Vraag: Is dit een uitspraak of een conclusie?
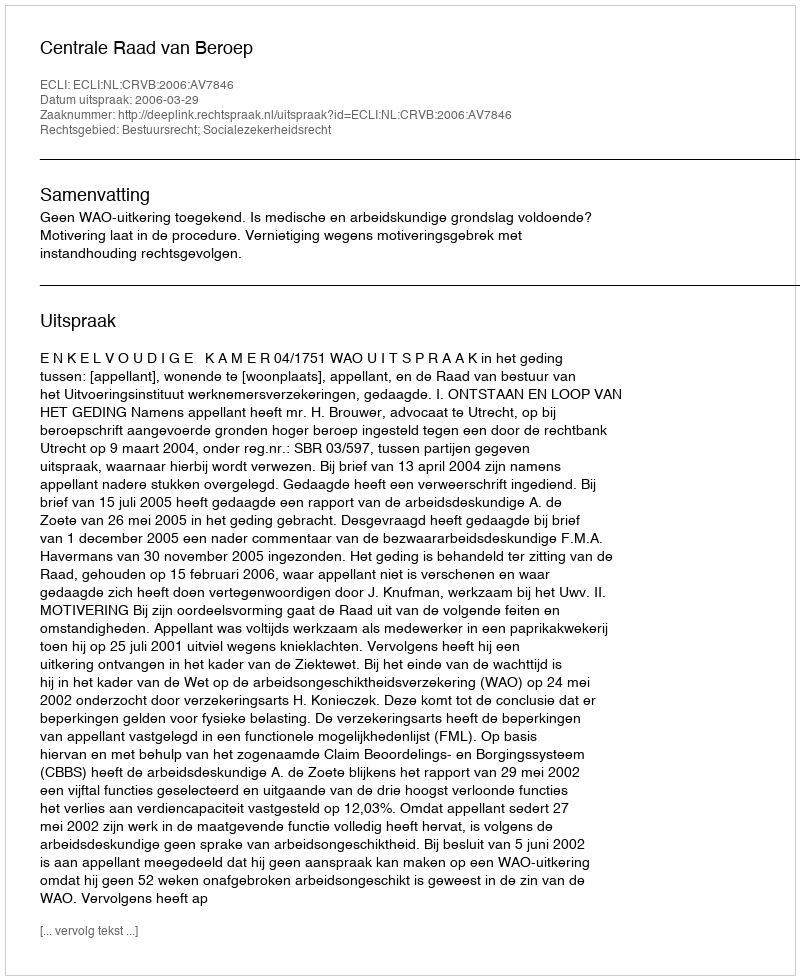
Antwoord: Uitspraak